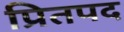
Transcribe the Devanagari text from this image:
प्रितपद